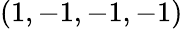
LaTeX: (1,-1,-1,-1)